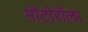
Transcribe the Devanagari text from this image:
मोटोरॉला